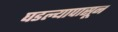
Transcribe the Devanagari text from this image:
घडल्यापासून